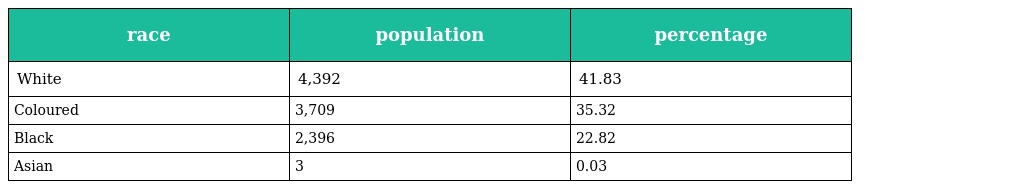
| race | population | percentage |
 | --- | --- | --- |
 | White | 4,392 | 41.83 |
 | Coloured | 3,709 | 35.32 |
 | Black | 2,396 | 22.82 |
 | Asian | 3 | 0.03 |